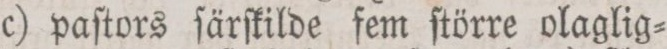
c) paſtors ſärſkilde fem ſtörre olaglig=